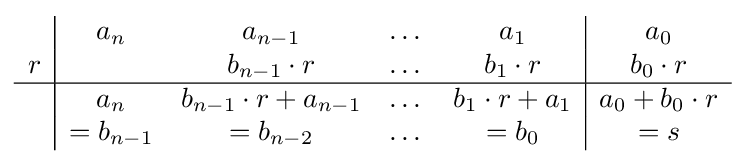
{\begin{array}{c|c c c c|c}&a_{n}&a_{n-1}&\dots &a_{1}&a_{0}\\r&&b_{n-1}\cdot r&\dots &b_{1}\cdot r&b_{0}\cdot r\\\hline &a_{n}&b_{n-1}\cdot r+a_{n-1}&\dots &b_{1}\cdot r+a_{1}&a_{0}+b_{0}\cdot r\\&=b_{n-1}&=b_{n-2}&\dots &=b_{0}&=s\\\end{array}}